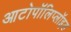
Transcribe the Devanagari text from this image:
आटोपॉलिप्लॉइड